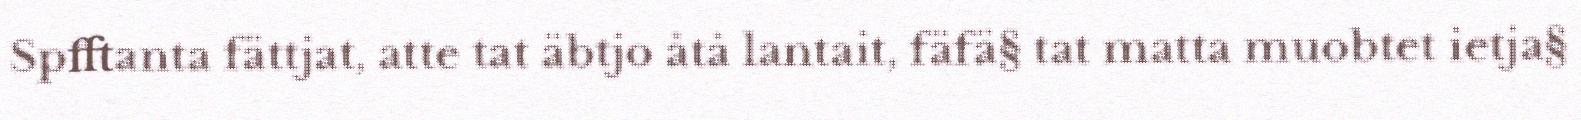
Spfftanta fättjat, atte tat äbtjo åtå lantait, fäfä§ tat matta muobtet ietja§